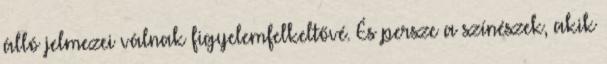
álló jelmezei válnak figyelemfelkeltővé. És persze a színészek, akik